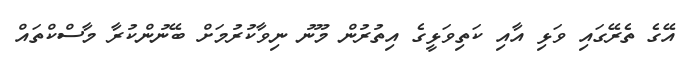
އޭގެ ތެރޭގައި ވަޅި އާއި ކަތިވަޅީގެ އިތުރުން މޫނު ނިވާކުރުމަށް ބޭނުންކުރާ މާސްކްތައް